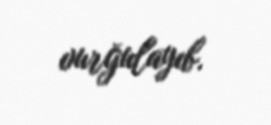
vurğulayıb.